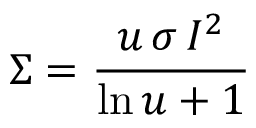
\Sigma = \frac { u \, \sigma \, I ^ { 2 } } { \ln u + 1 }